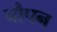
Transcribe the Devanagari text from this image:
चौपन